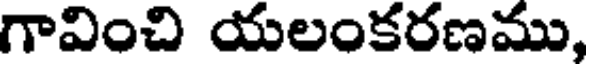
గావించి యలంకరణము,